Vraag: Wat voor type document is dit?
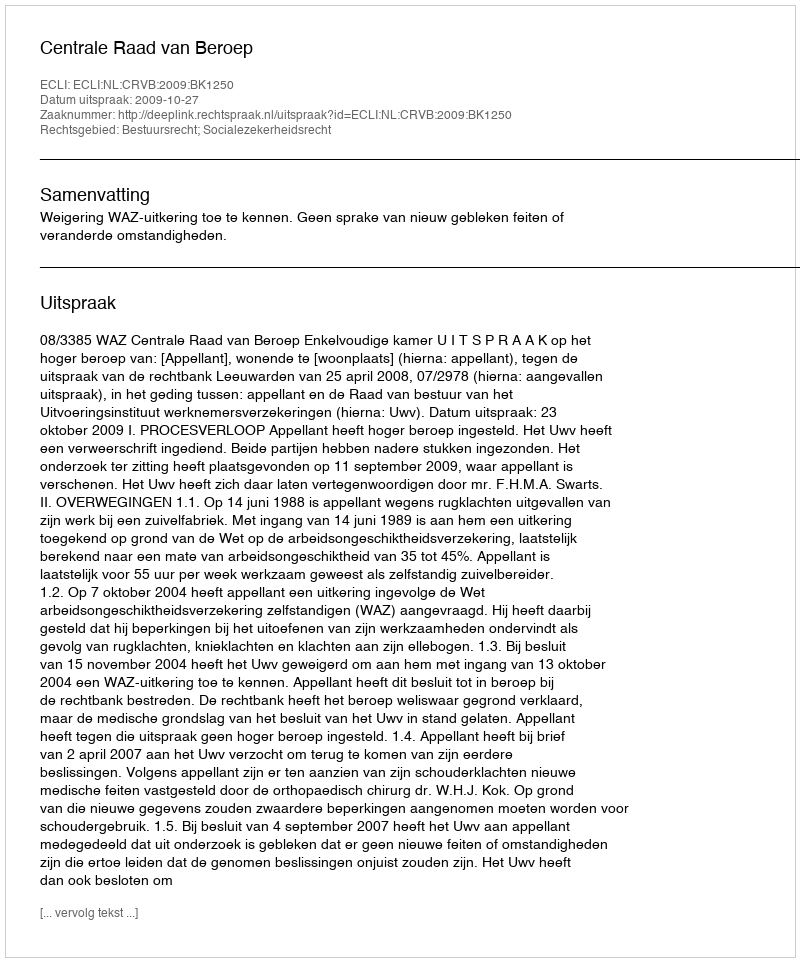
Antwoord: Uitspraak